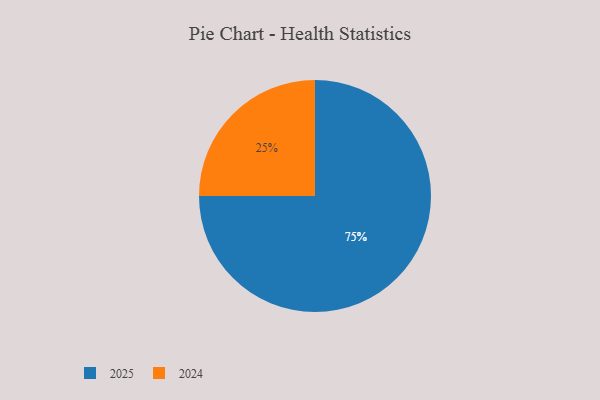
{"axis": {"x": "Category", "y": "Percentage"}, "legend": ["2024", "2025"], "data": [{"x": "2025", "y": 75, "type": "2025"}, {"x": "2024", "y": 25, "type": "2024"}]}